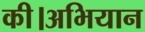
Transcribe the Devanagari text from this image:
की।अभियान